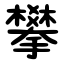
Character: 攀